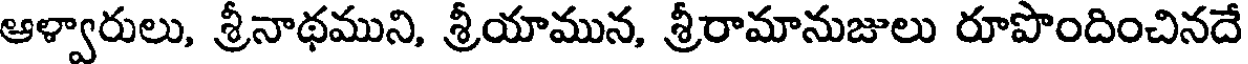
ఆళ్వారులు, శ్రీనాథముని, శ్రీయామున, శ్రీరామానుజులు రూపొందించినదే